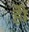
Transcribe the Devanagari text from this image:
होे